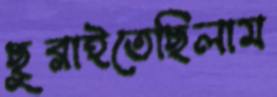
ছুব্‌লাইতেছিলাম